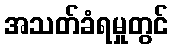
အသတ်ခံရမှုတွင်